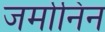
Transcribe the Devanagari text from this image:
जर्मानिन